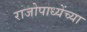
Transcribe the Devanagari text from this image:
राजोपाध्येंच्या